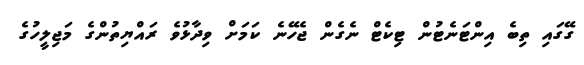
ގޭގައި ތިބެ އިންޓަނެޓުން ޓިކެޓް ނެގެން ޖެހޭނެ ކަމަށް ވިދާޅުވެ ރައްޔިތުންގެ މަޖިލީހުގެ